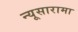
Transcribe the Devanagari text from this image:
न्यूसारामा